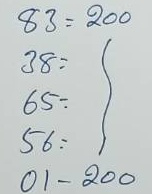
83 = 200
38 = 200
65 = 200
56 = 200
01 = 200